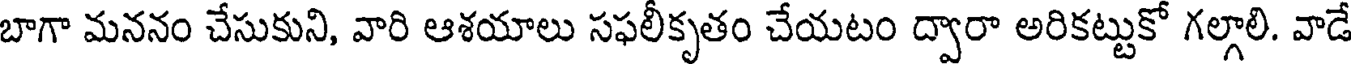
బాగా మననం చేసుకుని, వారి ఆశయాలు సఫలీకృతం చేయటం ద్వారా అరికట్టుకో గల్గాలి. వాడే